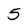
Character: 5